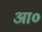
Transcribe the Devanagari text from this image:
आ०